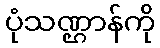
ပုံသဏ္ဌာန်ကို